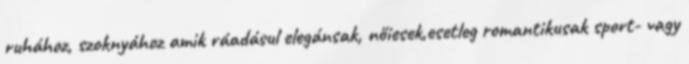
ruhához, szoknyához amik ráadásul elegánsak, nőiesek,esetleg romantikusak sport- vagy